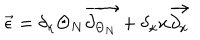
\overrightarrow { \epsilon } = \delta _ { \kappa } \Theta _ { N } \overrightarrow { \partial _ { \Theta _ { N } } } + \delta _ { \kappa } x \overrightarrow { \partial _ { x } }